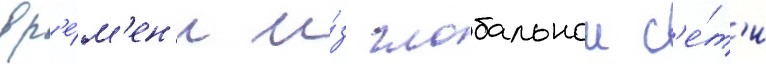
вр'е́м'ен'и и́з глобальнои с'е́т'и